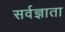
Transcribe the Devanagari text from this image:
सर्वज्ञाता